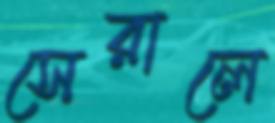
সেরালে